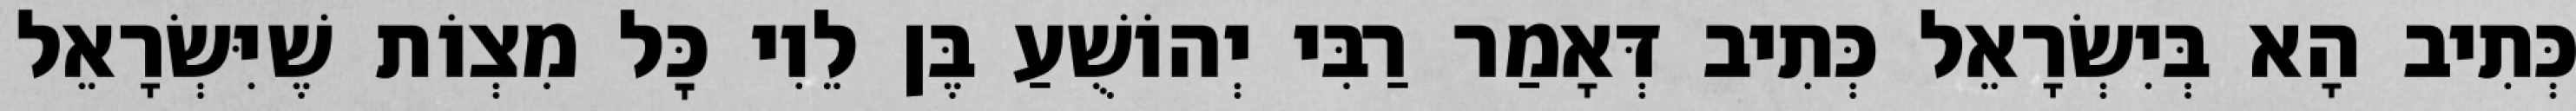
כְּתִיב הָא בְּיִשְׂרָאֵל כְּתִיב דְּאָמַר רַבִּי יְהוֹשֻׁעַ בֶּן לֵוִי כׇּל מִצְוֹת שֶׁיִּשְׂרָאֵל